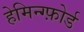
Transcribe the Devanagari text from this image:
हेमिन्ग्फ़ोर्ड